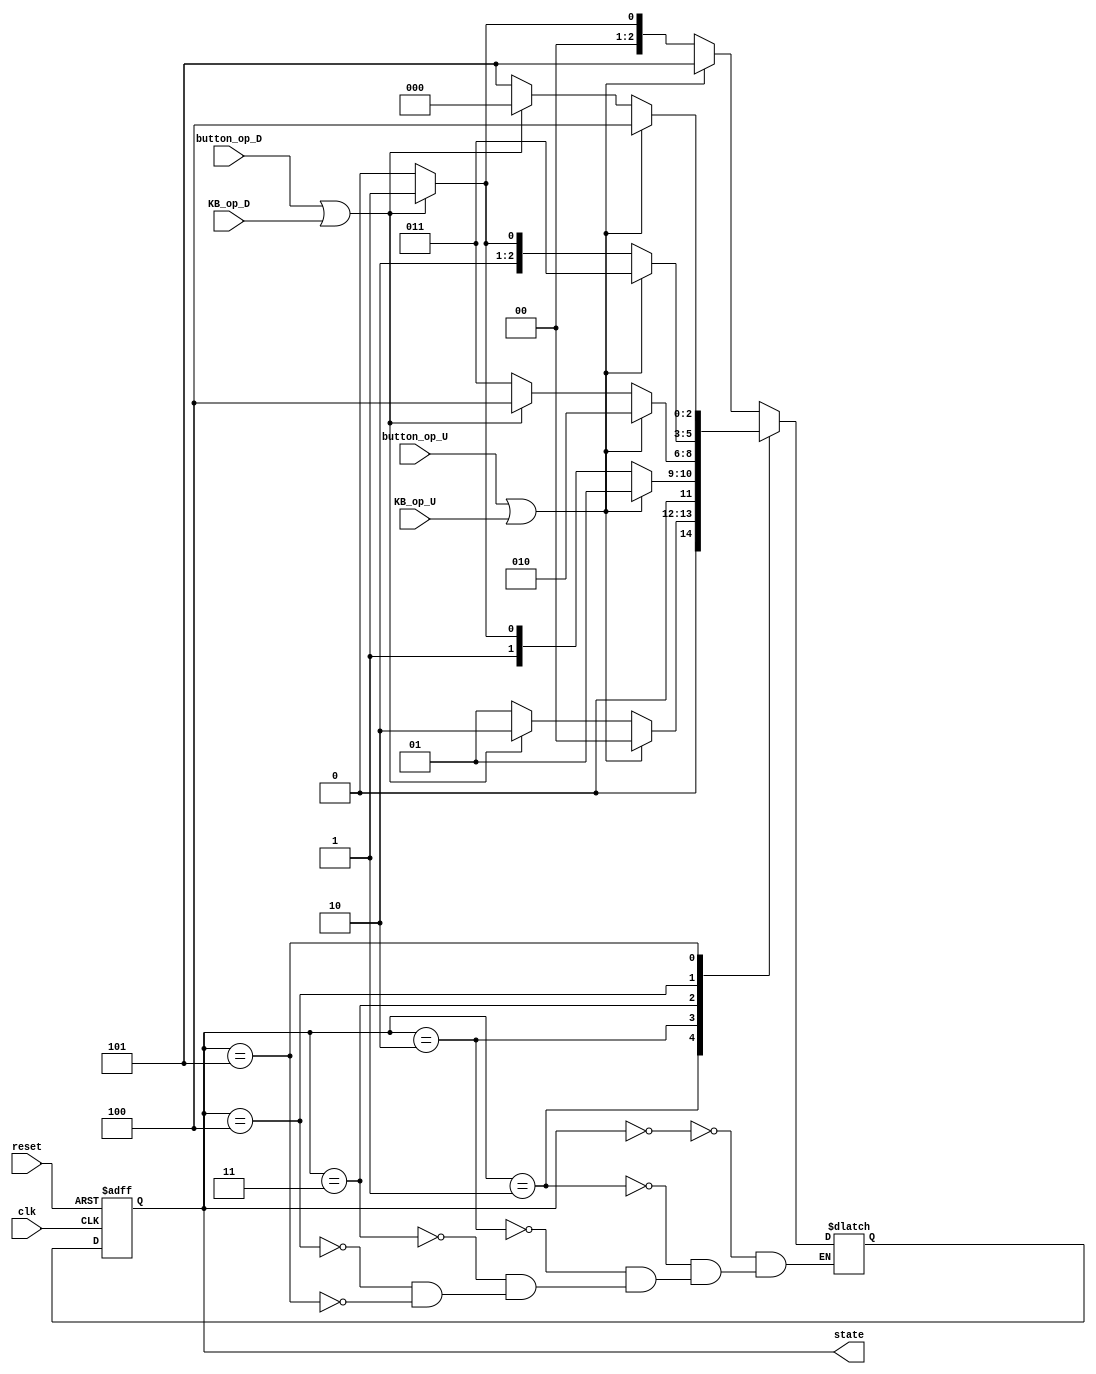
`timescale 1ns / 1ps
//////////////////////////////////////////////////////////////////////////////////
// Company: 
// Engineer: 
// 
// Design Name: 
// Module Name: FSM_display
// Project Name: 
// Target Devices: 
// Tool Versions: 
// Description: 
// 
// Dependencies: 
// 
// Revision:
// Revision 0.01 - File Created
// Additional Comments:
// 
//////////////////////////////////////////////////////////////////////////////////


module FSM_display(
    input button_op_U,
    input button_op_D,
    input KB_op_U,
    input KB_op_D,
    input reset,
    input clk,
    output reg [2:0] state
    );
    
// NLTPsTX
wire turn_up, turn_down;
assign turn_up = button_op_U | KB_op_U;
assign turn_down = button_op_D | KB_op_D;
    
reg [2:0] next_state;
always @(state or turn_up or turn_down)
begin
    case(state)
        3'd0: // A
        if(turn_up)
            next_state = 3'd5;
        else if (turn_down)
            next_state = 3'd1;
        else 
            next_state = 3'd0;
            
        3'd1: // ~
        if(turn_up)
            next_state = 3'd0;
        else if (turn_down)
            next_state = 3'd2;
        else 
            next_state = 3'd1;
        
        3'd2: // q
        if(turn_up)
            next_state = 3'd1;
        else if (turn_down)
            next_state = 3'd3;
        else 
            next_state = 3'd2;
       
        3'd3: // M
        if(turn_up)
            next_state = 3'd2;
        else if (turn_down)
            next_state = 3'd4;
        else 
            next_state = 3'd3;
       
        3'd4: // 
        if(turn_up)
            next_state = 3'd3;
        else if (turn_down)
            next_state = 3'd5;
        else 
            next_state = 3'd4;
        
        3'd5: // {
        if(turn_up)
            next_state = 3'd4;
        else if (turn_down)
            next_state = 3'd0;
        else 
            next_state = 3'd5;
    endcase 
end

always @(posedge clk or negedge reset)
begin
    if(~reset)
        state = 3'd0;
    else
        state <= next_state;
end
    
endmodule